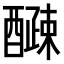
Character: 𫑽